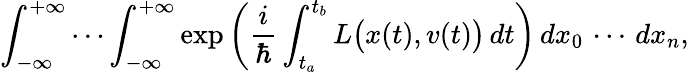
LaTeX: \int_{-\infty}^{+\infty}\cdots\int_{-\infty}^{+\infty}\exp\left({\frac{i}{\hbar}}\int_{t_{a}}^{t_{b}}L{\big(}x(t),v(t){\big)}\, dt\right)\, dx_{0}\, \cdots\, dx_{n},